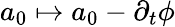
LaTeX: a_{0}\mapsto a_{0}-\partial_{t}\phi